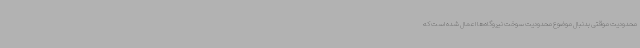
محدودیت موقتی بدنبال موضوع محدودیت سوخت نیروگاه‌ها اعمال شده است که